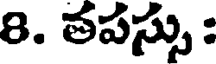
8. తపస్సు :